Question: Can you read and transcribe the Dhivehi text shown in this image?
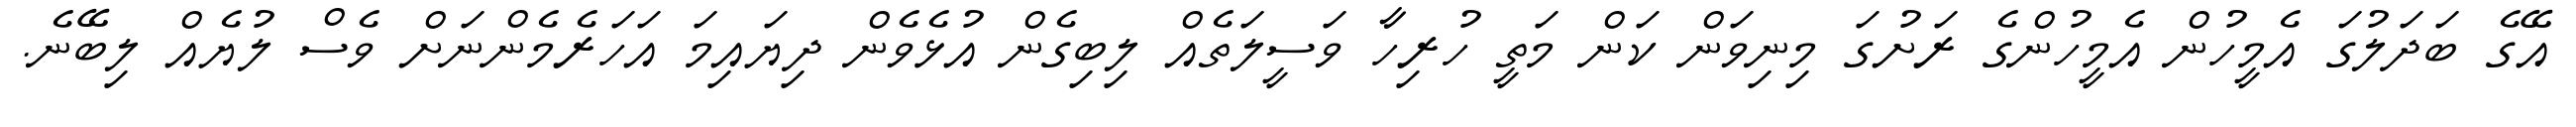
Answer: އޭގެ ބަދަލުގަ އެމީހުން އެމީހުންގެ ރަށުގަ މިނިވަން ކަން މަތީ ހުރިހާ ވަސީލަތެއް ލިބިގެން އުޅެވެން ދިޔައިމަ އަހަރެމެންނަށް ވެސް ލުޔެއް ލިބޭނެ.